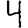
Digit: 4